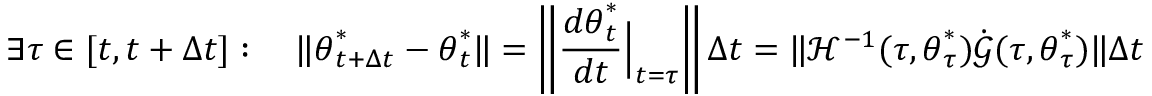
\exists \tau \in [ t , t + \Delta t ] : \quad \lVert { \boldsymbol { \theta } } _ { t + \Delta t } ^ { * } - { \boldsymbol { \theta } } _ { t } ^ { * } \rVert = \left\lVert \frac { d { \boldsymbol { \theta } } _ { t } ^ { * } } { d t } \Big | _ { t = \tau } \right\rVert \Delta t = \lVert \mathcal { H } ^ { - 1 } ( \tau , { \boldsymbol { \theta } } _ { \tau } ^ { * } ) \dot { \boldsymbol { \mathcal { G } } } ( \tau , { \boldsymbol { \theta } } _ { \tau } ^ { * } ) \rVert \Delta t